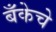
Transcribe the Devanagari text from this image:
बँकेचे